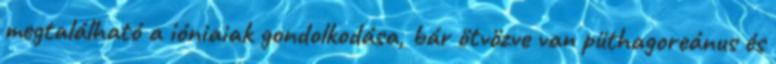
megtalálható a ióniaiak gondolkodása, bár ötvözve van püthagoreánus és